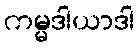
ကမ္မဒါယာဒါ